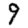
Digit: 9